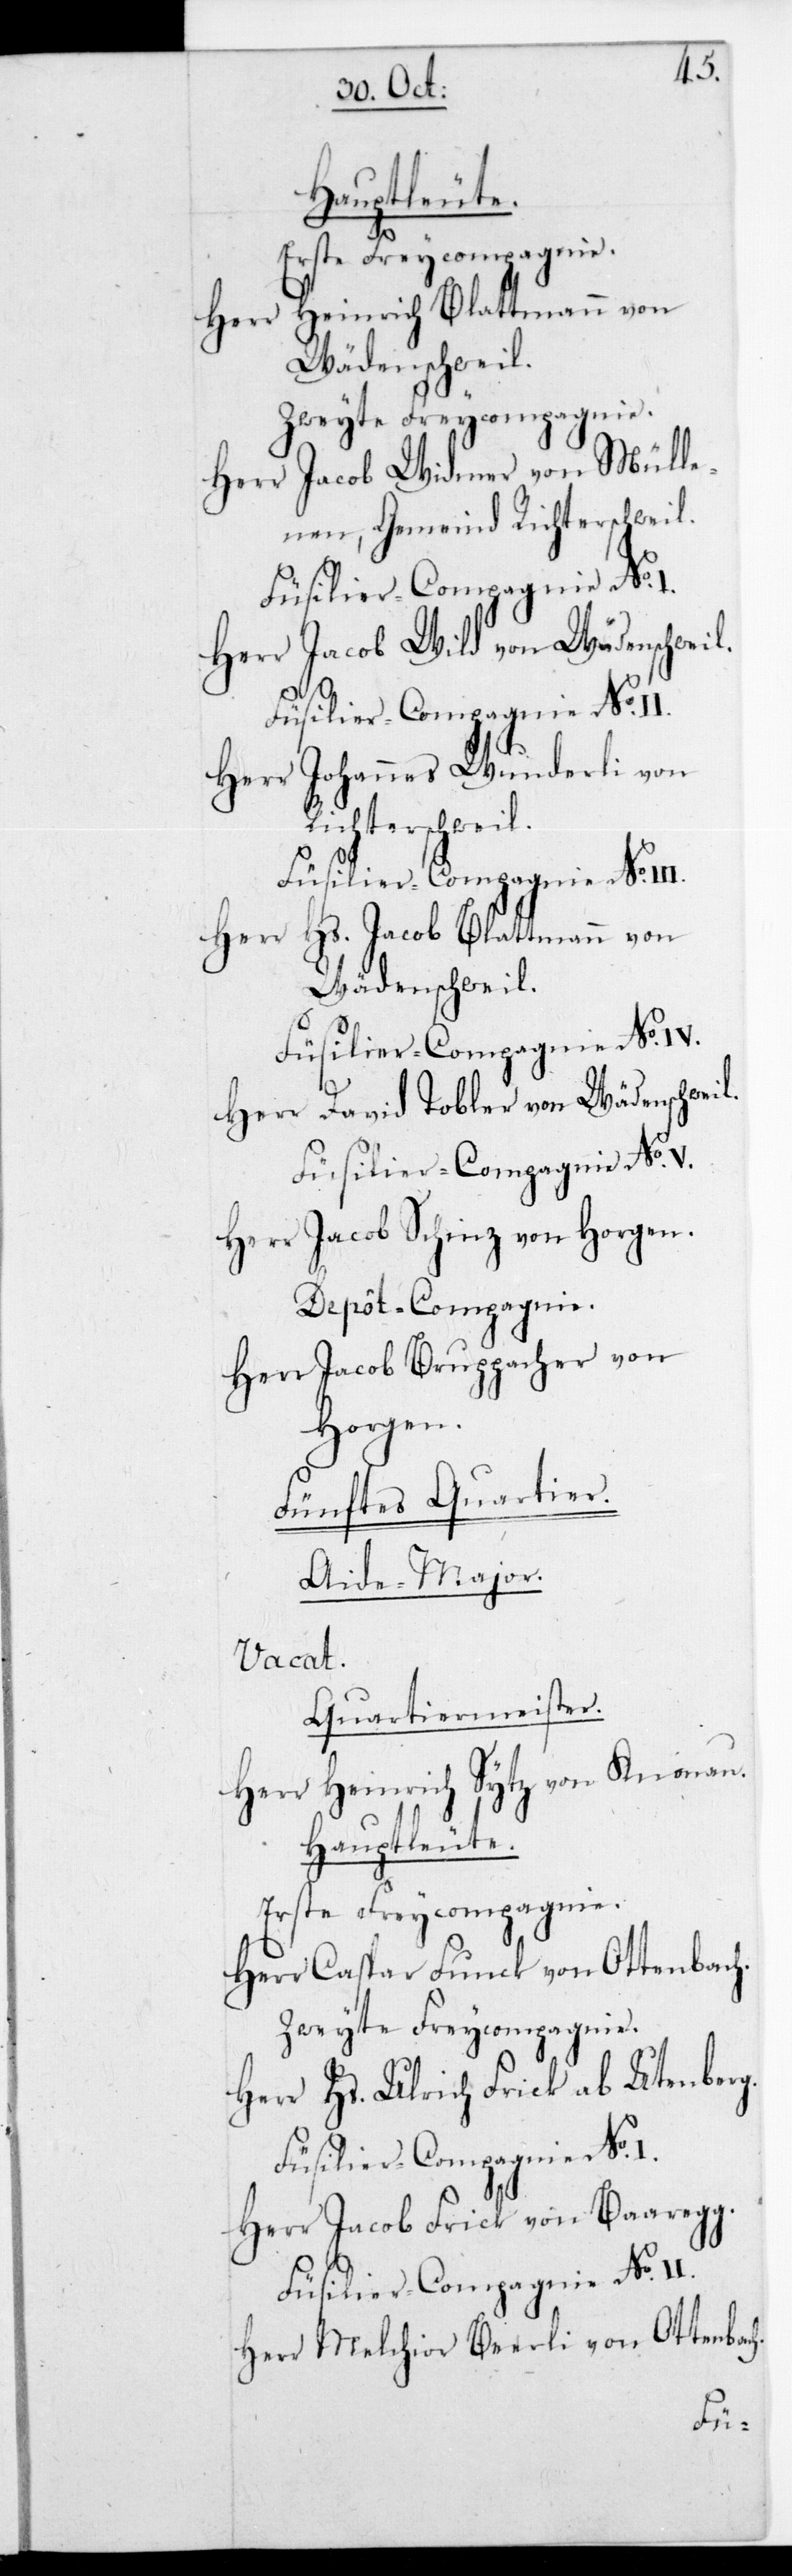
Hauptleute.
Erste Freycompagnie.
Herr Heinrich Blattmann von
Wädenschweil.
Herr Jacob Widmer von Mülle¬
nen, Gemeind Richterschweil.
Herr Jacob Wild von Wädenschweil.
Herr Johannes Wunderli von
Richterschweil.
Füsilier-Compagnie No
Herr Hs. Jacob Blattmann von
Wädenschweil.
Füsilier-Compagnie No IV.
Herr David Tobler von Wädenschweil.
Füsilier-Compagnie No I.
Herr Jacob Schinz von Horgen.
Depôt-Compagnie.
Herr Jacob Bruppacher von
Horgen.
Fünftes Quartier.
Aide-Major.
Vacat.
Quartiermeister.
Herr Heinrich Sytz von Knonau.
Herr Caspar Funck von Ottenbach.
Zweyte Freycompagnie.
Herr Hs. Ulrich Frick ab Utenberg.
Herr Jacob Frick von Baaregg.
Füsilier-Compagnie No II.
Herr Melchior Beerli von Ottenbac¬
h.